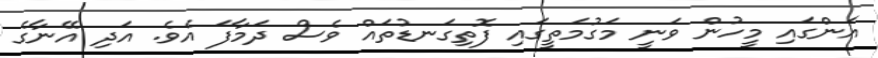
އަންގައި މީހުން ވަނީ މަގުމަތީގައި ފޮތިގަނޑުތައް ވެސް ދަމާފަ އެވެ. އަދި އޭނާގެ